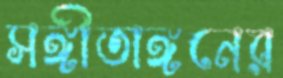
সঙ্গীতাঙ্গনের